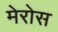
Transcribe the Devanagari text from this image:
मेरोस